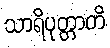
သာရိပုတ္တာတိ